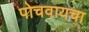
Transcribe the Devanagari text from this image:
पोचवायचा